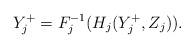
LaTeX: \begin{align*}Y_j^+ = F_j^{-1}(H_j(Y_j^+, Z_j)).\end{align*}